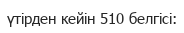
үтірден кейін 510 белгісі: